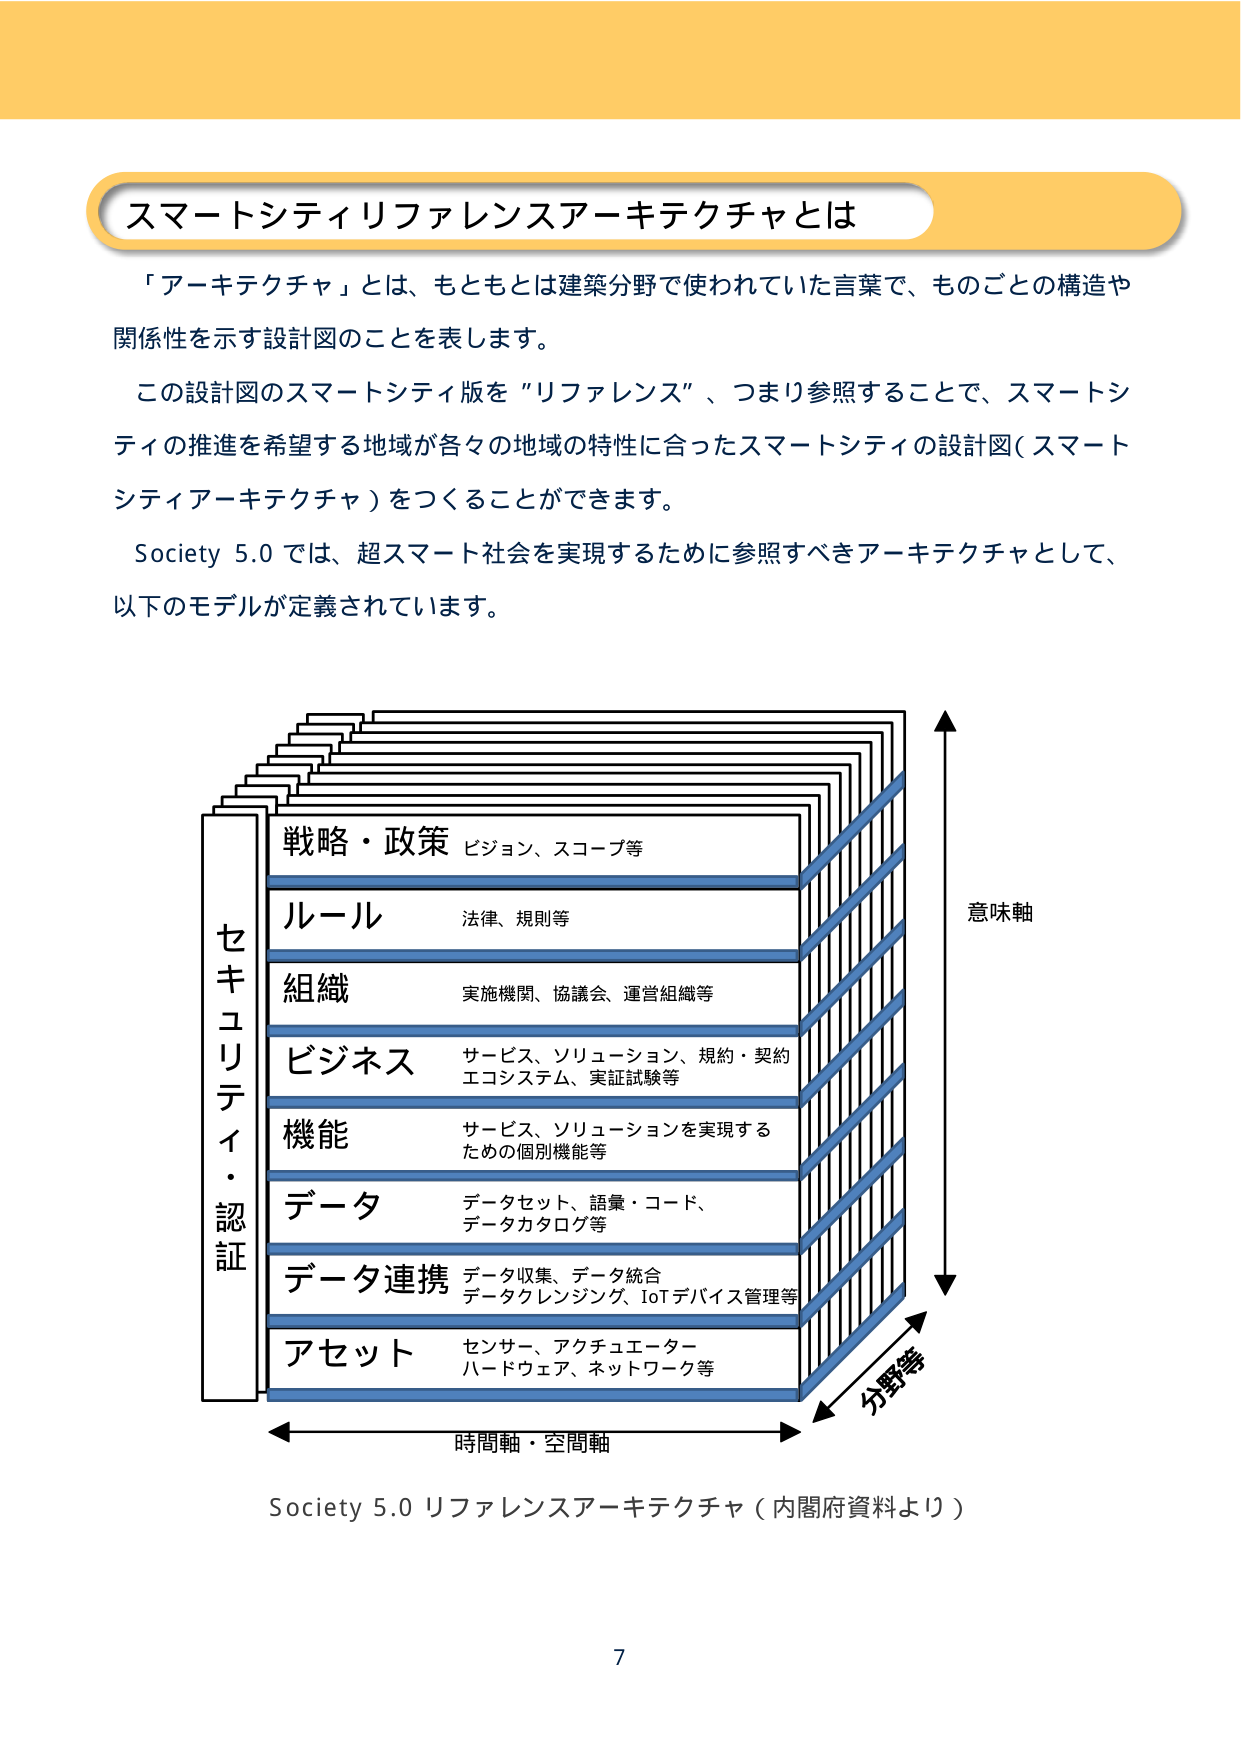
スマートシティリファレンスアーキテクチャとは

「アーキテクチャ」とは、もともとは建築分野で使われていた言葉で、ものごとの構造や
関係性を示す設計図のことを表します。
この設計図のスマートシティ版を“リファレンス”、つまり参照することで、スマートシ
ティの推進を希望する地域が各々の地域の特性に合ったスマートシティの設計図（スマート
シティアーキテクチャ）をつくることができます。
Society 5.0 では、超スマート社会を実現するために参照すべきアーキテクチャとして、
以下のモデルが定義されています。

セキュリティ・認証
戦略・政策 ビジョン、スコープ等
ルール 法律、規則等
組織 実施機関、協議会、運営組織等
ビジネス サービス、ソリューション、規約・契約
エコシステム、実証試験等
機能 サービス、ソリューションを実現する
ための個別機能等
データ データセット、語彙・コード、
データカタログ等
データ連携 データ収集、データ統合
データクレンジング、IoTデバイス管理等
アセット センサー、アクチュエーター
ハードウェア、ネットワーク等

意味軸
分野等
時間軸・空間軸

Society 5.0 リファレンスアーキテクチャ（内閣府資料より）

7